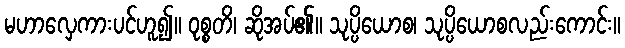
မဟာလှေကားပင်ဟူ၍။ ဝုစ္စတိ၊ ဆိုအပ်၏။ သုပ္ပိယောစ၊ သုပ္ပိယောစလည်းကောင်း။